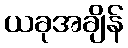
ယခုအချိန်